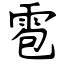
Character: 雹